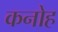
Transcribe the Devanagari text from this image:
कनोह